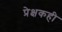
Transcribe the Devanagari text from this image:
प्रेक्षकही